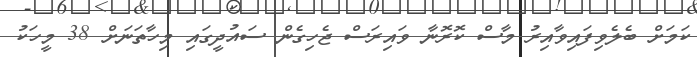
ކަމަށް ބެލެވިފައިވާއިރު މާސް ކޮރޮނާ ވައިރަސް ޖެހިގެން ސައުދީގައި މިހާތަނަށް 38 މީހަކު